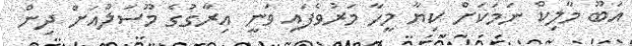
އަބޫ މާލިކް ނަމަކަށް ކިޔާ މީހާ މަރުވެފައި ވަނީ އިރާގުގެ މޫސަލްއަށް ދިން